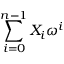
\sum _ { i = 0 } ^ { n - 1 } X _ { i } \omega ^ { i }